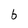
Character: 6